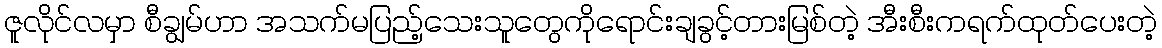
ဇူလိုင်လမှာ စီချွမ်ဟာ အသက်မပြည့်သေးသူတွေကိုရောင်းချခွင့်တားမြစ်တဲ့ အီးစီးကရက်ထုတ်ပေးတဲ့